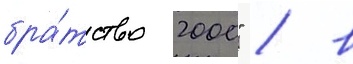
бра́тство 2000" / в